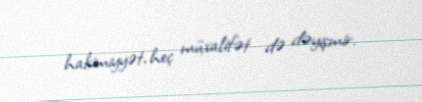
hakimiyyət, heç müxalifət də dəyişmir.